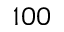
1 0 0